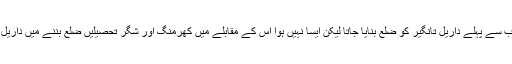
ہونا تو یہ چاہیئے تھا کہ سب سے پہلے داریل تانگیر کو ضلع بنایا جاتا لیکن ایسا نہیں ہوا اس کے مقابلے میں کھرمنگ اور شگر تحصیلیں ضلع بننے میں داریل تانگیر سے بازی لے گئیں۔